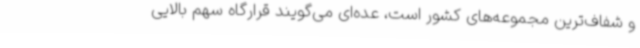
و شفاف‌ترین مجموعه‌های کشور است، عده‌ای می‌گویند قرارگاه سهم بالایی